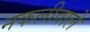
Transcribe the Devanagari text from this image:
नकलीवाले